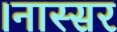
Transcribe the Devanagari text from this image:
।नास्सर